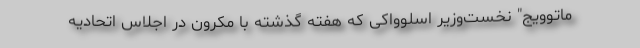
ماتوویج" نخست‌وزیر اسلوواکی که هفته گذشته با مکرون در اجلاس اتحادیه